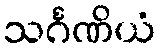
သင်္ဂဏိယံ